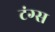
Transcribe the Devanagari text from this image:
टंग्स